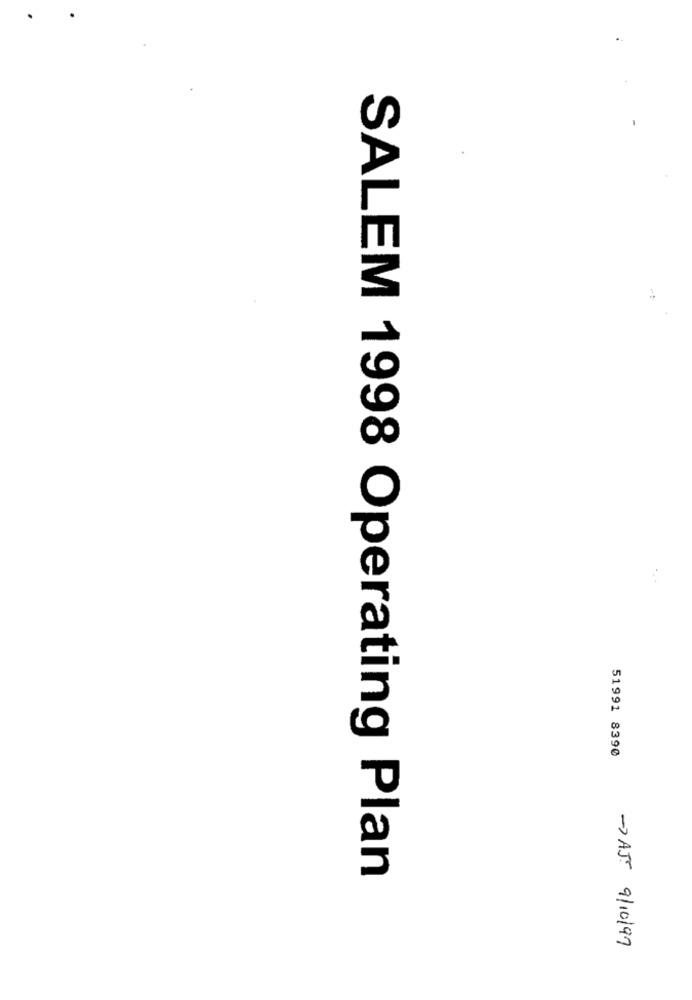
51991 8390
SALEM 1998 Operating Plan
-> AJ. 9/10/97